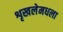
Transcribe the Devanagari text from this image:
शृखलेमधला